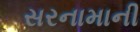
સરનામાની